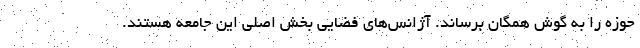
حوزه را به گوش همگان برساند. آژانس‌های فضایی بخش اصلی این جامعه هستند.